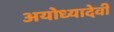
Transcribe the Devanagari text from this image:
अयोध्यादेवी